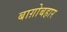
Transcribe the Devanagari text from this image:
बाग़ोबहार